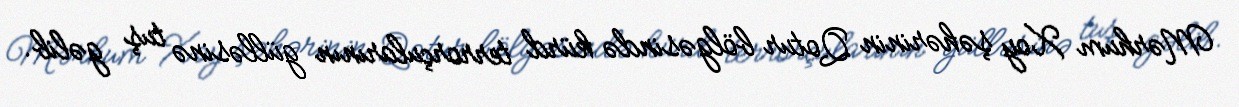
Mərhum Xoy şəhərinin Qotur bölgəsində kürd terrorçularının gülləsinə tuş gəlib.